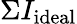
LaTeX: \Sigma I_{\mathrm{ideal}}